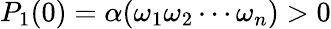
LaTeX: P_{1}(0)=\alpha(\omega_{1}\omega_{2}\cdots\omega_{n})>0